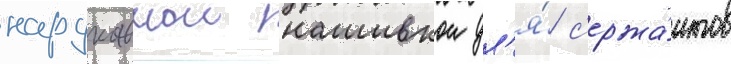
нарукавнои нашивкои дл'я́ с'ержа́нтов